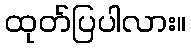
ထုတ်ပြပါလား။